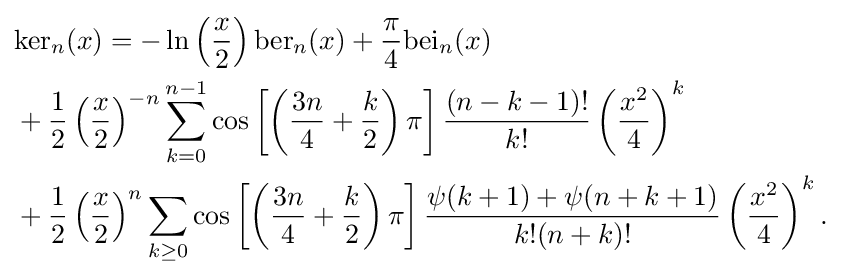
{\begin{aligned}&\mathrm {ker} _{n}(x)=-\ln \left({\frac {x}{2}}\right)\mathrm {ber} _{n}(x)+{\frac {\pi }{4}}\mathrm {bei} _{n}(x)\\&+{\frac {1}{2}}\left({\frac {x}{2}}\right)^{-n}\sum _{k=0}^{n-1}\cos \left[\left({\frac {3n}{4}}+{\frac {k}{2}}\right)\pi \right]{\frac {(n-k-1)!}{k!}}\left({\frac {x^{2}}{4}}\right)^{k}\\&+{\frac {1}{2}}\left({\frac {x}{2}}\right)^{n}\sum _{k\geq 0}\cos \left[\left({\frac {3n}{4}}+{\frac {k}{2}}\right)\pi \right]{\frac {\psi (k+1)+\psi (n+k+1)}{k!(n+k)!}}\left({\frac {x^{2}}{4}}\right)^{k}.\end{aligned}}